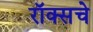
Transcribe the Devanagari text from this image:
रॉक्सचे